King Institute of Preventive Medicine Micro-Biological Section reports 1909-11
Year: 1909
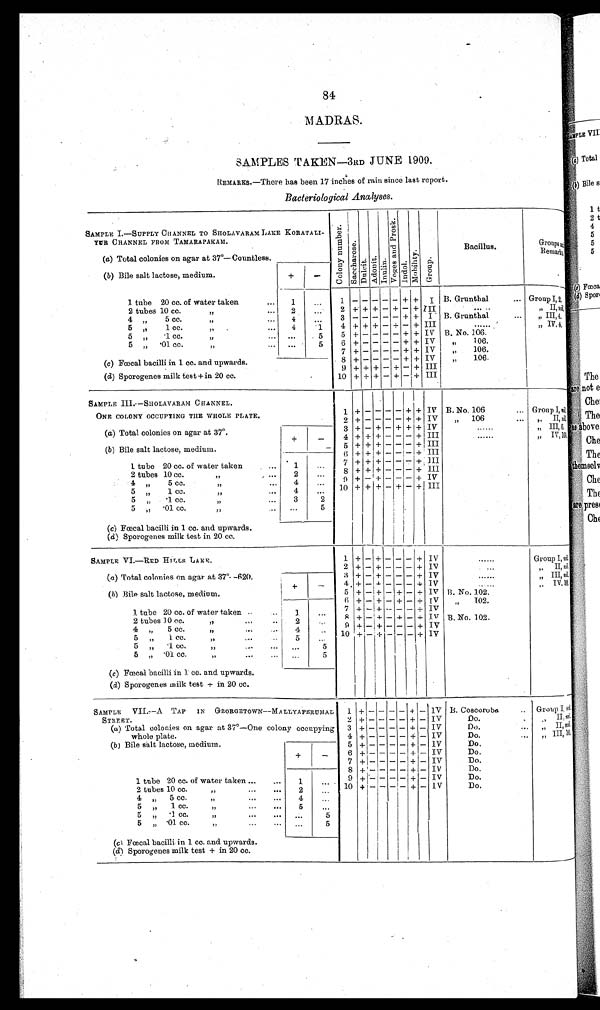
84
MADRAS.
SAMPLES TAKEN—3RD JUNE 1909.
REMARKS.—There has been 17 inches of rain since last report.
Bacteriological Analyses.
SAMPLE I. — SUPPLY CHANNEL TO SHOLAVARAM LAKE KORATALI–
YUR CHANNEL FROM TAMARAPAKAM.
C o l o n y n u m b e r .
S a c c h a r o s e .
Dul ci t. Adoni t . Inul i n.
V o g e s a n d P r o s k .
I ndol .
Mobi l i t y.
Group.
Bacillus.
Groups and
Remarks.
(a) Total colonies on agar at 37°—Countless.
( b ) B i l e s a l t l a c t o s e , m e d i u m .
+
—
1 tube 20 cc. of water taken
...
1
...
1 – – – – —
+
+ I B. Grunthal
... Group I, 2.
2 tubes 10 cc.
„
...
2
...
2 + + + — + — + III
...... ..
„ II, ni l .
4 „ 5 cc.
„
...
4
. . .
3 — — ——— + + I B. Grunthal
...
„
III, 4.
5
„
1 cc.
„
...
4
1
4 + + + — + — + III
......
„ IV, 4 .
5
„
.
1 cc.
„
.
...
5
5 + — — — — + + IV B. No. 106.
5
„
.
01 cc.
„
. . .
5
6 + — — — — + + IV
„ 106.
7 + ————+ + IV
„
106.
(c) Fœcal bacilli in 1 cc. and upwards.
8 + — — — — + + IV
„
106.
9 + + + — + — + III
(d) Sporogenes milk test + in 20 cc.
10 + + + — + — + III
SAMPLE III. —SHOLAVARAM CHANNEL.
ONE COLONY OCCUPYING THE W H O L E P L A T E .
1 + — — — — + + IV B. No. 106
... Group I, ni l .
2 + — — — — + + IV
„ 106
...
„
II, ni l .
(a) Total colonies on agar at 37°.
3 + — + — + + +
IV
.....
„ III, 6.
+
—
4 + + + — — — + III
......
„
IV, 160.
( b ) Bile salt lactose, medium.
—
5 + + + — — — + III
6 + + + — — —
+ III
1 tube 20 cc. of water taken
1
. . .
7 + + + — — — + III
2 tubes 10 cc.
„
2
. . .
8 + + + — — — + III
4
„
5 cc.
„
4
...
9 + — + — — — + IV
5 „ 1 cc.
„
...
4
...
10 + + + — + — + III
5 „ .1 cc.
„
...
3
2
5
„
.
01 cc.
„
...
...
5
(c) Fœcal bacilli in 1 cc. and upwards.
( d ) Sporogenes milk test in 20 cc.
SAMPLE VI.—RED HILLS LAKE.
1 + — + — — — + IV
......
Group I, nil.
2 + — + — — — + IV
. . . . . .
„ II, nil.
(a) Total colonies on agar at 37°—620.
3 + — + — — — + IV
. . . . . .
„
III, nil.
+
—
4 + — + — — — + IV
. . . . . .
„
IV, 10.
(b) Bile salt lactose, medium.
5 + — + — + — + IV B. No. 102.
6 + — + — + — + IV
„ 102.
1 tube 20 cc. of water taken
1
. . .
7 + — + — — — + IV
2 tubes 10 cc.
„
2
...
8 + — + — + — + IV B. No. 102.
4 „ 5 cc.
„
4
. . .
9 + — + —— —+ IV
5
„ 1 c c . „
5
. . . 10 + — + — — — + IV
5
„ . 1 c c . „
. . .
5
5
„ . 0 1 c c . „
. . .
5
(c) Fœcal bacilli in 1 cc. and upwards.
(d) Sporogenes milk test + in 20 cc.
SAMPLE VII.—A TAP IN GEORGETOWN—MA LLYAPERUMAL STREET.
1 + — — — — +
—
IV B. Coscoroba
.. Group I, ni l .
2 + — — — — + — IV
Do.
.
„
II, ni l .
(a) Total colonies on agar at 37°—One colony occupying whole plate. 3 + — — — — + — IV
Do.
„ II , nil.
4 + — — — — + — IV
Do.
...
„ III, 10.
(b ) Bile salt lactose, medium.
5 + — — — — + — IV
Do.
+
—
6 + ——— — + — IV
Do.
7 + — — — — + — IV
Do.
8 + — — — — + — IV
Do.
1 tube 20 cc. of water taken ...,
..
1
. . .
9 + — — — — + — IV
Do.
2 tubes 10 cc.
„
2
. . . 10 + — — — — + — IV
Do.
4
„
5 cc.
„
" " . .
4
...
5
„
1 cc.
„
>,
..'
.''
5
...
5
„ . 1 c c . „
. . .
5
5
„ . 0 1 c c . „
...
5
(c ) Fœcal bacilli in 1 cc. and upwards.
(d) Sporogenes milk test + in 20 cc.